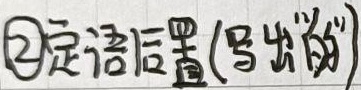
\textcircled{2}定语后置(写出“的”)